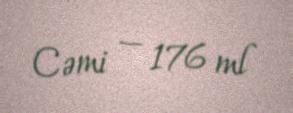
Cəmi — 176 ml